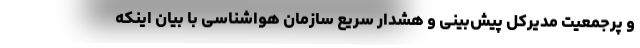
و پرجمعیت مدیرکل پیش‌بینی و هشدار سریع سازمان هواشناسی با بیان اینکه